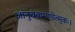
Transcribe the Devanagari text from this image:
जानुचंक्रमणोत्सुकः।